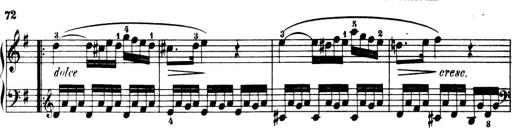
Title: 32 Sonatinas and Rondos for the Piano
Composer: Richard Kleinmichel